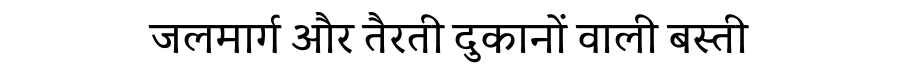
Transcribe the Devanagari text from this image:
जलमार्ग और तैरती दुकानों वाली बस्ती